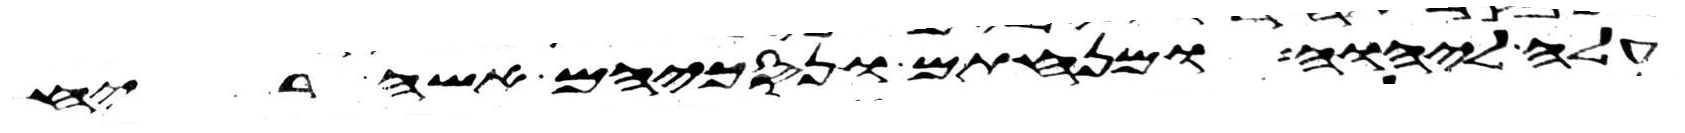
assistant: עלה ליהוה ומנחתם ונסכיהם אשה ריח